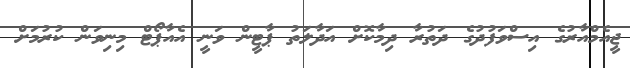
ޖީއެމްއާރުގެ އިސްވަފުދުގެ ދަތުރާ ދިމާކޮށް އަދާލަތު ޕާޓީން ވަނީ އެއާޕޯޓް މިނިވަން ކުރުމަށް